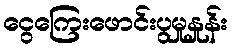
ငွေကြေးဖောင်းပွမှုနှုန်း